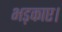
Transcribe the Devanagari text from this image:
भड़काए।